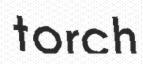
torch